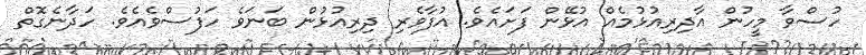
ހުސްވާ މީހުން އާދިރިއުޅުމެއް އުޅޭން ފަށައެވެ. އުފާވެރި ދިރިއުޅުން ބަނަވެ ހަފުސްވެއެވެ. ހަދާނެގޮތް